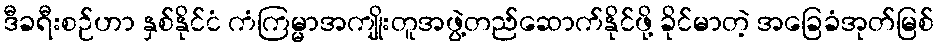
ဒီခရီးစဉ်ဟာ နှစ်နိုင်ငံ ကံကြမ္မာအကျိုးတူအဖွဲ့တည်ဆောက်နိုင်ဖို့ ခိုင်မာတဲ့ အခြေခံအုတ်မြစ်